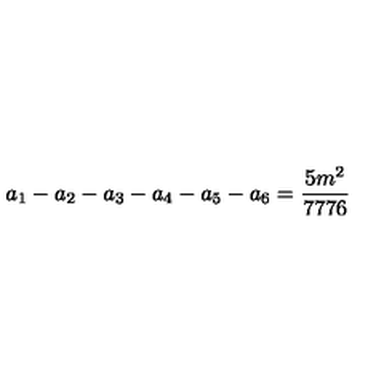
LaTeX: a _ { 1 } - a _ { 2 } - a _ { 3 } - a _ { 4 } - a _ { 5 } - a _ { 6 } = \frac { 5 m ^ { 2 } } { 7 7 7 6 }